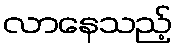
လာနေသည့်